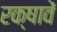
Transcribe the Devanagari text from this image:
रक्षावें